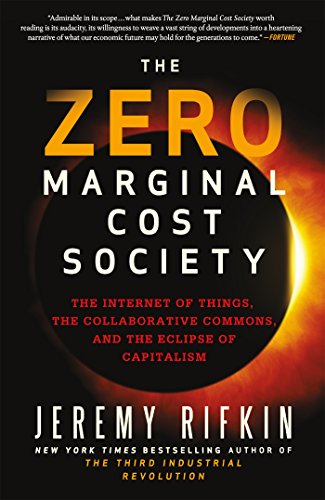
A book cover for The Zero Marginal Cost Society: The Internet of Things, the Collaborative Commons, and the Eclipse of Capitalism; Jeremy Rifkin; Business & Money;